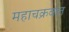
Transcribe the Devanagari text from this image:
महाचक्रवात